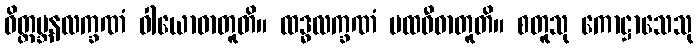
ဝိတ္ထမ္ဘနလက္ခဏံ ဝါယောဓာတူတိ။ ထဒ္ဓလက္ခဏံ ပထဝီဓာတူတိ။ စတူသု ကောဋ္ဌာသေသု